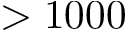
> 1 0 0 0